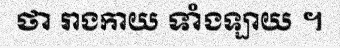
ថា រាងកាយ ទាំងឡាយ ។